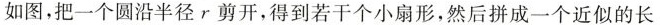
2.如图，把一个圆沿半径r剪开，得到若干个小扇形，然后拼成一个近似的长